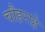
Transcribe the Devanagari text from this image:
चौहराहे